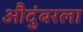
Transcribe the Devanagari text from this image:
औदुंबरला